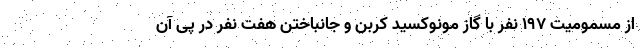
از مسمومیت ١٩٧ نفر با گاز مونوکسید کربن و جانباختن هفت نفر در پی آن